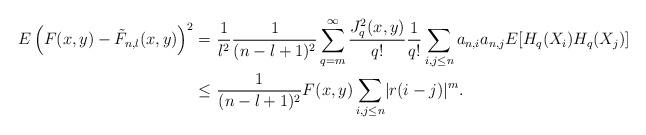
LaTeX: \begin{align*}E \left ( F(x,y) - \tilde F_{n,l}(x,y) \right )^2 = & \ \frac 1 {l^2} \frac 1 {(n-l+1)^2} \sum_{q=m}^{\infty} \frac{J_q^2(x,y)} {q!} \frac 1 {q!} \sum_{i,j \leq n} a_{n,i}a_{n,j} E[H_q(X_i)H_q(X_j)] \\\leq & \ \frac 1 {(n-l+1)^2} F(x,y) \sum_{i,j \leq n} \lvert r(i-j) \rvert^m.\end{align*}